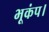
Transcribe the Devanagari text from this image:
भूकंप।